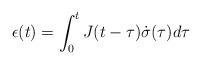
LaTeX: \begin{align*} \epsilon(t)=\int_0^t{J(t-\tau)\dot{\sigma}(\tau)d\tau}\end{align*}